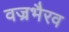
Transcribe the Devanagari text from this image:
वज्रभैरव